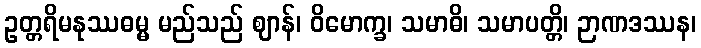
ဥတ္တရိမနုဿဓမ္မ မည်သည် ဈာန်၊ ဝိမောက္ခ၊ သမာဓိ၊ သမာပတ္တိ၊ ဉာဏဒဿန၊